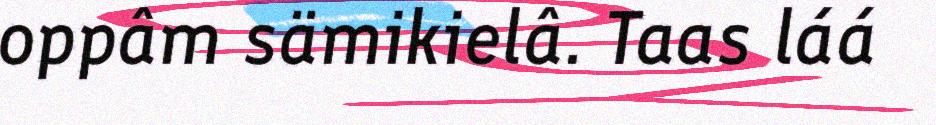
oppâm sämikielâ. Taas láá